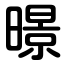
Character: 暻